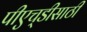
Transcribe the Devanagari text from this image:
पीएच्‌डीसाठी